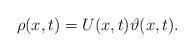
LaTeX: \begin{align*} \rho(x,t) = U(x,t)\vartheta(x,t) .\end{align*}